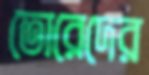
তোরেদের